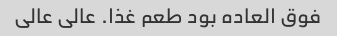
فوق العاده بود طعم غذا. عالی عالی